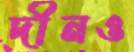
দীনও